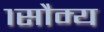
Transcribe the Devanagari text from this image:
१सौम्य